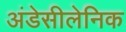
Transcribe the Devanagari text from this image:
अंडेसीलेनिक